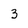
Character: 3